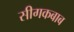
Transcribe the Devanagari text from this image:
सीगकबाब